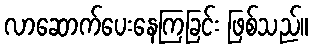
လာဆောက်ပေးနေကြခြင်း ဖြစ်သည်။